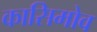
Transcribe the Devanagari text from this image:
कासिमोव